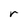
Character: r